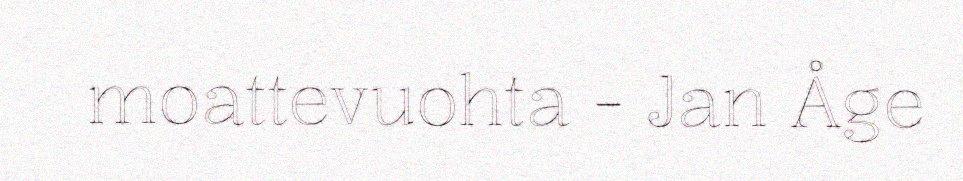
moattevuohta - Jan Åge